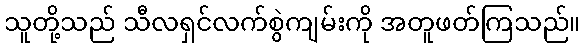
သူတို့သည် သီလရှင်လက်စွဲကျမ်းကို အတူဖတ်ကြသည်။